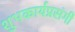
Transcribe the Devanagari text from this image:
शुभकार्यप्रसंगी